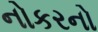
નોકરનો